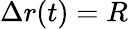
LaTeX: \Delta r(t)=R